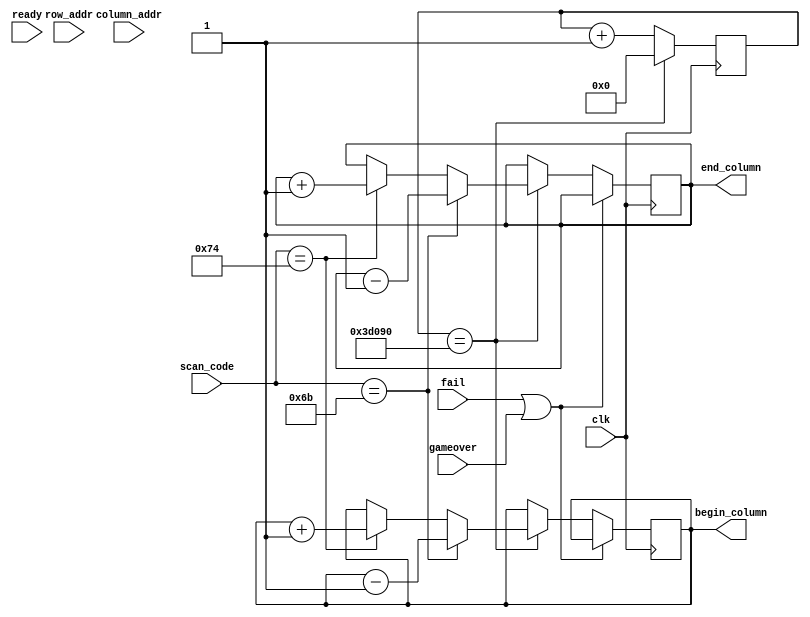
module goose
(
	 scan_code,
    clk,gameover,
	fail,
    ready,column_addr,row_addr,
	 begin_column, end_column

);



	 input [7:0] scan_code;
	 
    input clk;

    input gameover, fail;

    input ready;

    input [10:0] column_addr;

    input [10:0] row_addr;

	 output [10:0]begin_column;
	 
	 output [10:0]end_column;

    parameter LEFT = 8'h6B;
	 parameter RIGHT = 8'h74;

    reg issquare;

    reg [10:0]begin_column = 11'd340;
	 reg [10:0]end_column = 11'd420;
	 reg [30:0]counter;
	 

	 initial counter <= 0;
	 

 always @(posedge clk)
	begin
		if (counter == 250000) 
			begin
			counter <= 0;
			end
		else 
			begin
			counter <= counter + 1;
			end 
	end 

	always @(posedge clk)
		if (fail || gameover) begin
			begin_column <= begin_column;
			end_column <= end_column;
			end
		else if (counter == 250000) 
			begin
			if (scan_code == LEFT) begin
			begin_column <= begin_column - 1; 
			end_column <= end_column - 1; 
			end
			else if (scan_code == RIGHT) begin
			begin_column <= begin_column + 1;
			end_column <= end_column + 1; end
			end
	

endmodule